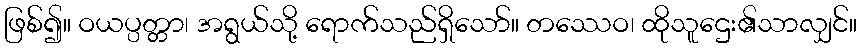
ဖြစ်၍။ ဝယပ္ပတ္တာ၊ အရွယ်သို့ ရောက်သည်ရှိသော်။ တဿေဝ၊ ထိုသူဌေး၏သာလျှင်။